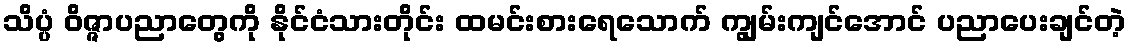
သိပ္ပံ ဝိဇ္ဇာပညာတွေကို နိုင်ငံသားတိုင်း ထမင်းစားရေသောက် ကျွမ်းကျင်အောင် ပညာပေးချင်တဲ့